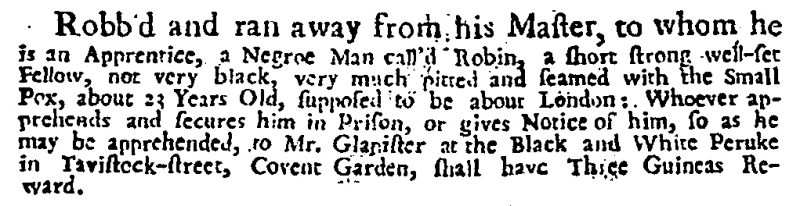
Daily Post, 12 October 1726 (England)
Robb’d and ran away from his Master, to whom he is an Apprentice, a Negroe Man call’d Robin, a short strong well-set Fellow, not very black, very much pitted and seamed with the Small Pox, about 23 Years Old, supposed to be about London: Whoever apprehends and secures him in Prison, or gives Notice of him, so as he may be apprehended, to Mr. Glanister at the Black and White Peruke in Tavistock-street, Covent Garden, shall have Three Guineas Reward.